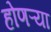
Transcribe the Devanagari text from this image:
होणऱ्या